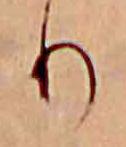
り